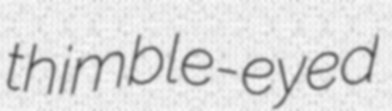
thimble-eyed